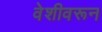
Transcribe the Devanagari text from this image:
वेशीवरून